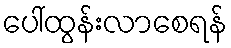
ပေါ်ထွန်းလာစေရန်